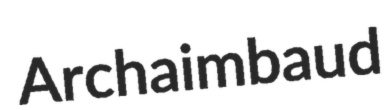
Archaimbaud